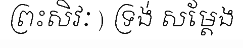
ព្រះសិវៈ ) ទ្រង់ សម្តែង